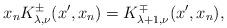
LaTeX: \begin{align*} x_nK^\pm_{\lambda,\nu}(x^\prime,x_n)=K^\mp_{\lambda+1,\nu}(x^\prime,x_n), \end{align*}